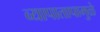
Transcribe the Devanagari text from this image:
व्यापातापामुळे